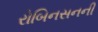
રોબિનસનની